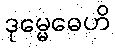
ဒုမ္မေဓေဟိ